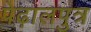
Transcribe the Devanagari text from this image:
पेढ़ालपुत्र